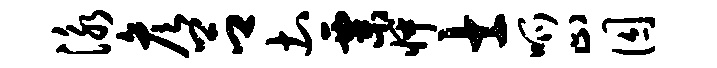
泳彦吕土粟怦士呱止囚